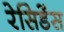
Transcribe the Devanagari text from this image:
रेसिडेंस